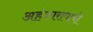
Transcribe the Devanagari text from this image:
अहंकारापायी